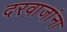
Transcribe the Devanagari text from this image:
दरवाजांना